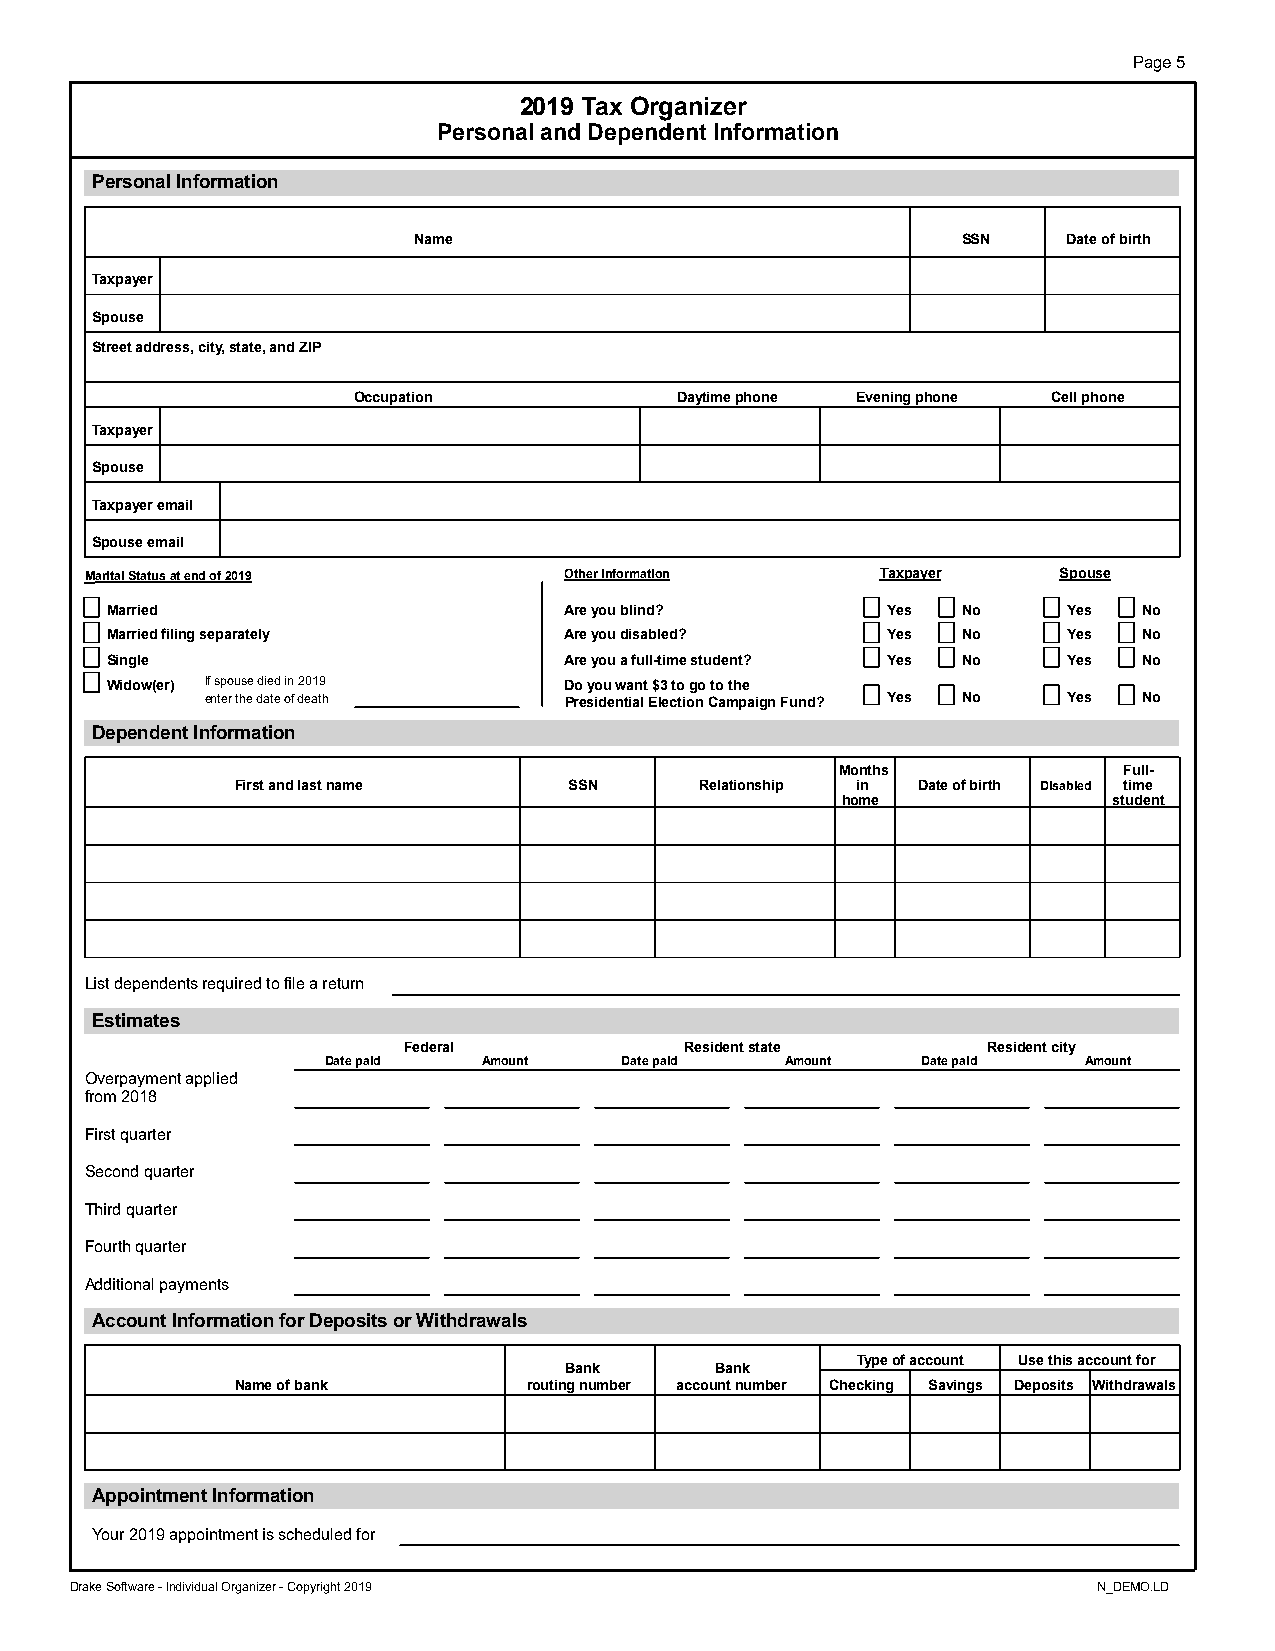
Page 5
 2019 Tax Organizer
 Personal and Dependent Information
 Personal Information
 Name                                 SSN    Date of birth
 Taxpayer
 Spouse
 Street address, city, state, and ZIP
 Occupation            Daytime phone Evening phone Cell phone
 Taxpayer
 Spouse
 Taxpayer email
 Spouse email
 M a r it a l S t a t us a t e nd o f 2 0 1 9 O t h e r i n f or m a ti o n Ta x pa y e r S po u s e
 Married                       Are you blind?        Yes  No     Yes  No
 Married filing separately     Are you disabled?     Yes  No     Yes  No
 Single                        Are you a full-time student? Yes No Yes No
 Widow(er) If spouse died in 2019 Do you want $3 to go to the
 enter the date of death Presidential Election Campaign Fund? Yes No Yes No
 Dependent Information
 Months            Full-
 First and last name   SSN     Relationship in Date of birth Disabled time
 home              student
 List dependents required to file a return
 Estimates
 Federal           Resident state      Resident city
 Date paid  Amount   Date paid  Amount   Date paid  Amount
 Overpayment applied
 from 2018
 First quarter
 Second quarter
 Third quarter
 Fourth quarter
 Additional payments
 Account Information for Deposits or Withdrawals
 Type of account Use this account for
 Bank      Bank
 Name of bank       routing number account number Checking Savings Deposits Withdrawals
 Appointment Information
 Your 2019 appointment is scheduled for
 Drake Software - Individual Organizer - Copyright 2019              N_DEMO.LD